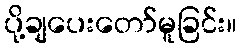
ပို့ချပေးတော်မူခြင်း။